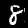
Digit: 8